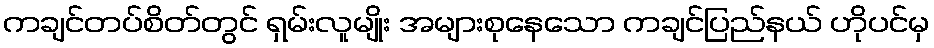
ကချင်တပ်စိတ်တွင် ရှမ်းလူမျိုး အများစုနေသော ကချင်ပြည်နယ် ဟိုပင်မှ